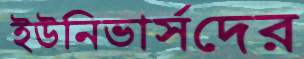
ইউনিভার্সদের